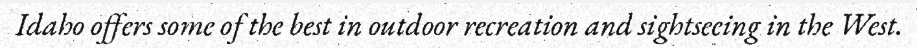
Idaho offers some of the best in outdoor recreation and sightseeing in the West.